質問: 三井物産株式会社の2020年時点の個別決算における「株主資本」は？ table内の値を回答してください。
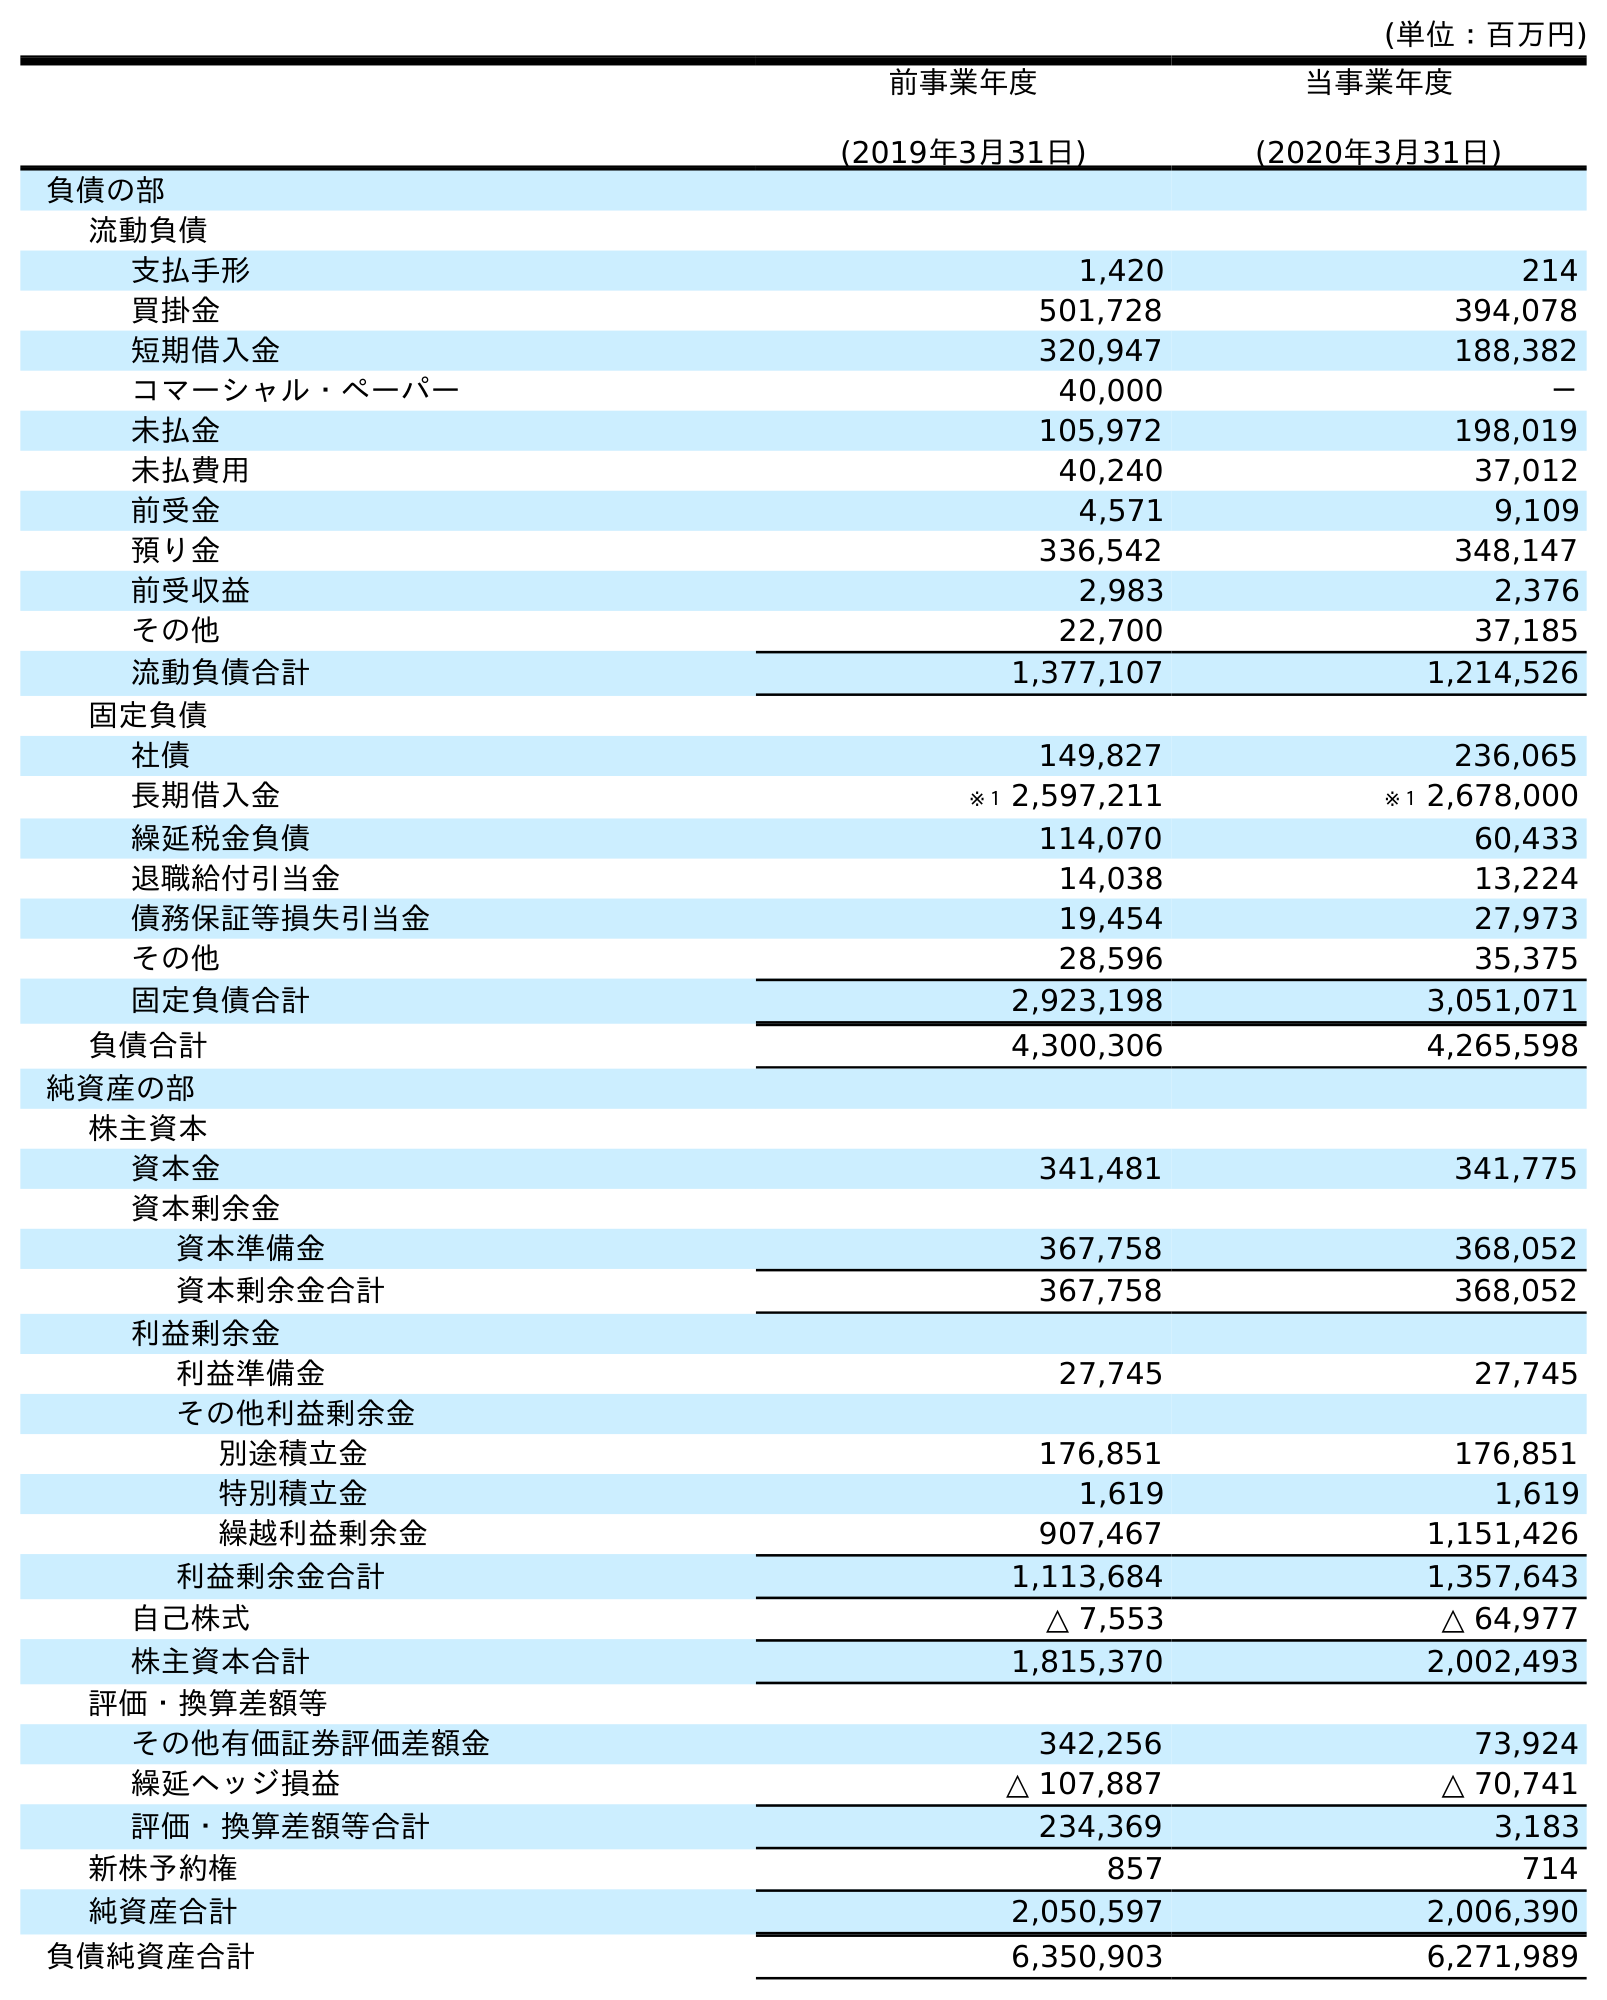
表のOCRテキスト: (単位：百万円) 前事業年度 (2019年3月31日) 当事業年度 (2020年3月31日) 負債の部 流動負債 支払手形 1,420 214 買掛金 501,728 394,078 短期借入金 320,947 188,382 コマーシャル・ペーパー 40,000 － 未払金 105,972 198,019 未払費用 40,240 37,012 前受金 4,571 9,109 預り金 336,542 348,147 前受収益 2,983 2,376 その他 22,700 37,185 流動負債合計 1,377,107 1,214,526 固定負債 社債 149,827 236,065 長期借入金 ※１ 2,597,211 ※１ 2,678,000 繰延税金負債 114,070 60,433 退職給付引当金 14,038 13,224 債務保証等損失引当金 19,454 27,973 その他 28,596 35,375 固定負債合計 2,923,198 3,051,071 負債合計 4,300,306 4,265,598 純資産の部 株主資本 資本金 341,481 341,775 資本剰余金 資本準備金 367,758 368,052 資本剰余金合計 367,758 368,052 利益剰余金 利益準備金 27,745 27,745 その他利益剰余金 別途積立金 176,851 176,851 特別積立金 1,619 1,619 繰越利益剰余金 907,467 1,151,426 利益剰余金合計 1,113,684 1,357,643 自己株式 △ 7,553 △ 64,977 株主資本合計 1,815,370 2,002,493 評価・換算差額等 その他有価証券評価差額金 342,256 73,924 繰延ヘッジ損益 △ 107,887 △ 70,741 評価・換算差額等合計 234,369 3,183 新株予約権 857 714 純資産合計 2,050,597 2,006,390 負債純資産合計 6,350,903 6,271,989
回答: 2,002,493